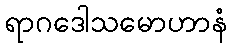
ရာဂဒေါသမောဟာနံ